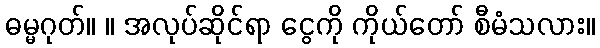
ဓမ္မဂုတ်။ ။ အလုပ်ဆိုင်ရာ ငွေကို ကိုယ်တော် စီမံသလား။